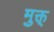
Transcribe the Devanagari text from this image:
मुक्त्